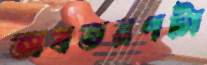
অবতরণটা